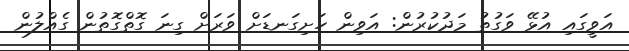
އަވީގައި އުޅޭ ވަގުތު މަދުކުރުން: އަވިން ހަށިގަނޑަށް ވަރަށް ގިނަ ގޮތްގޮތުން ގެއްލުން